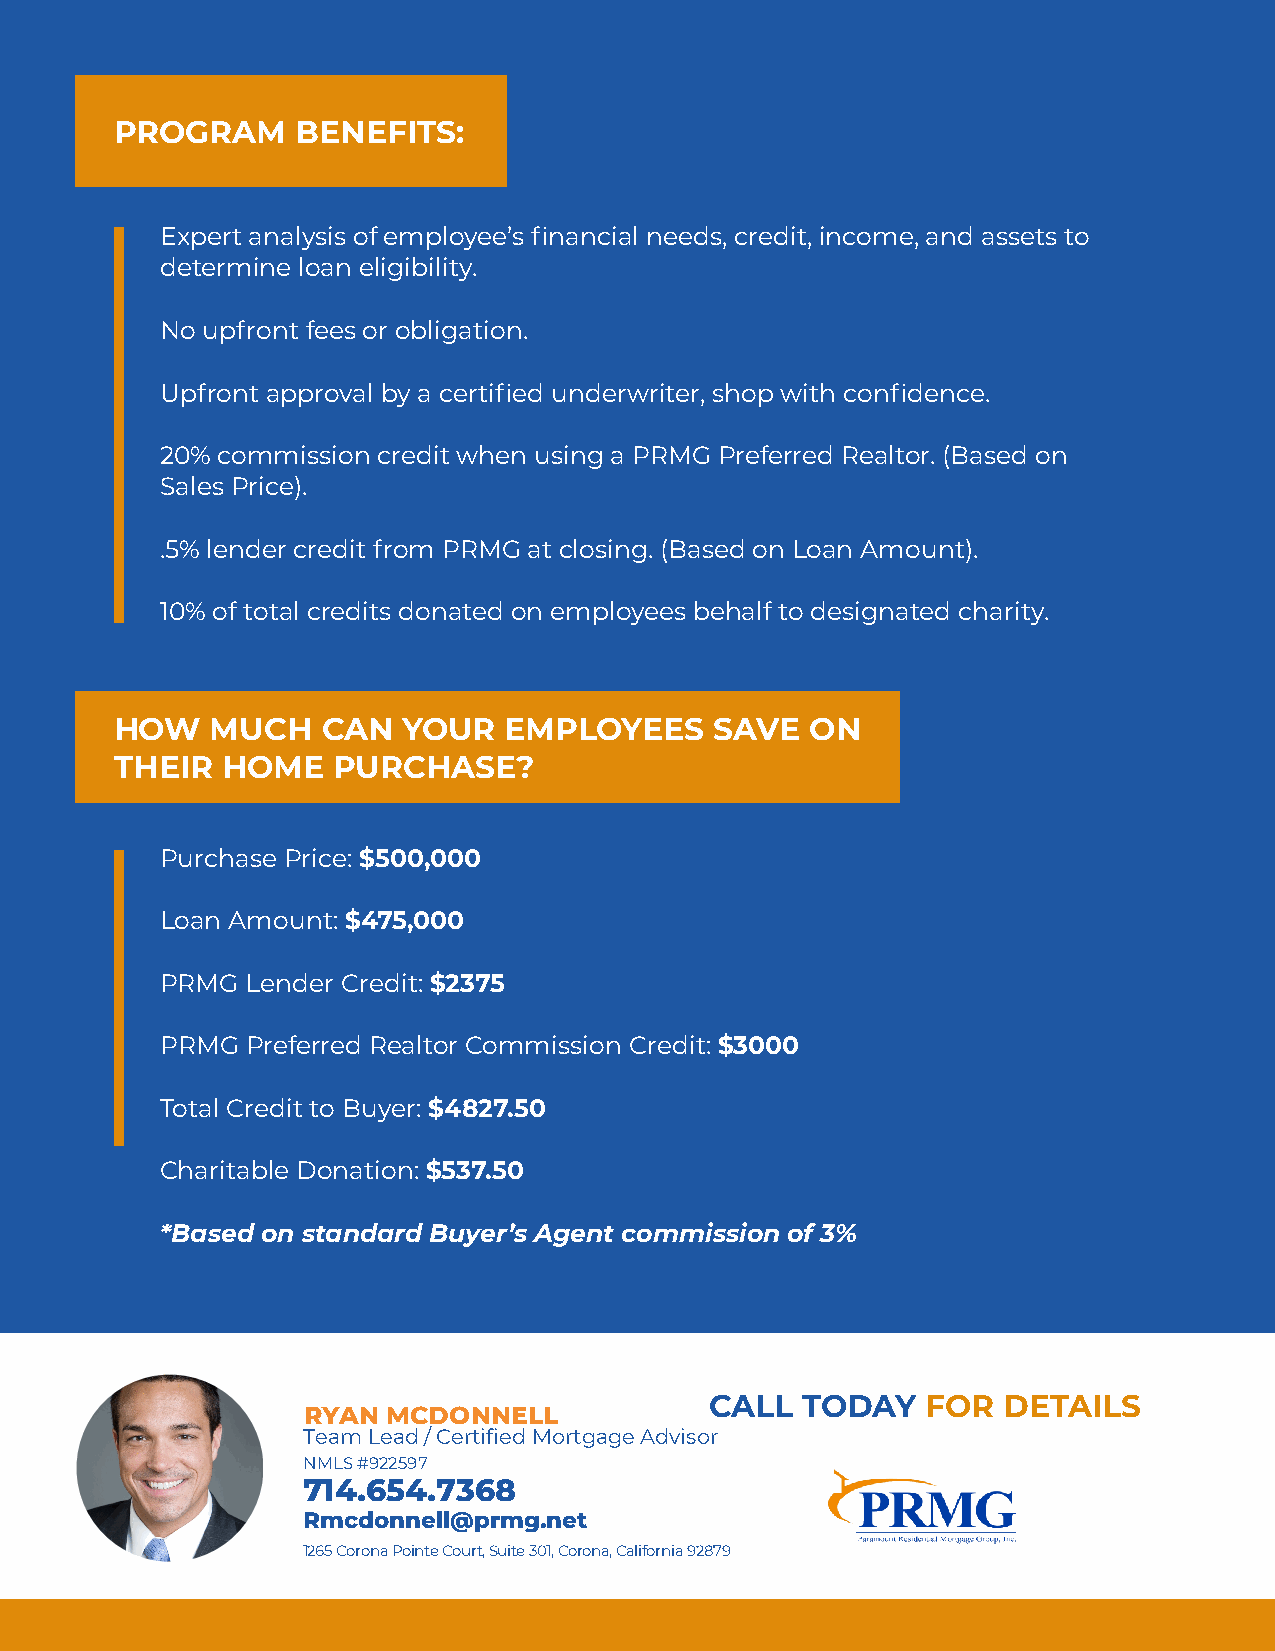
PROGRAM     BENEFITS:
 Expert analysis of employee’s financial needs, credit, income, and assets to
 determine loan eligibility.
 No upfront fees or obligation.
 Upfront approval by a certified underwriter, shop with confidence.
 20% commission credit when using a PRMG Preferred Realtor. (Based on
 Sales Price).
 .5% lender credit from PRMG at closing. (Based on Loan Amount).
 10% of total credits donated on employees behalf to designated charity.
 HOW   MUCH   CAN   YOUR  EMPLOYEES     SAVE   ON
 THEIR  HOME   PURCHASE?
 Purchase Price: $500,000
 Loan Amount: $475,000
 PRMG Lender Credit: $2375
 PRMG Preferred Realtor Commission Credit: $3000
 Total Credit to Buyer: $4827.50
 Charitable Donation: $537.50
 *Based on standard Buyer’s Agent commission of 3%
 CALL  TODAY   FOR  DETAILS
 RYAN  MCDONNELL
 Team Lead / Certified Mortgage Advisor
 NMLS #922597
 714.654.7368
 Rmcdonnell@prmg.net
 1265 Corona Pointe Court, Suite 301, Corona, California 92879